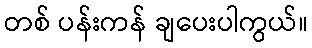
တစ် ပန်းကန် ချပေးပါကွယ်။